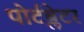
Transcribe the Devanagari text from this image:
पोर्टब्लेटर